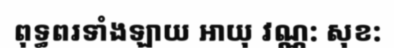
ពុទ្ធពរទាំងឡាយ អាយុ វណ្ណ: សុខ: